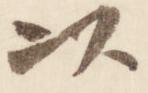
以